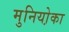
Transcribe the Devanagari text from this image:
मुनियो़का